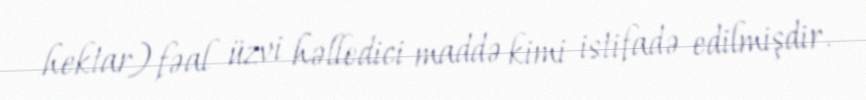
hektar) fəal üzvi həlledici maddə kimi istifadə edilmişdir.